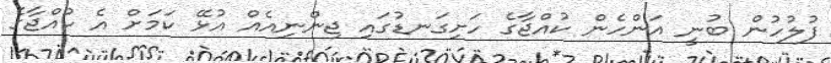
ފުލުހުން ބުނީ އަންހެން ކުއްޖާގެ ހަށިގަނޑުގައި ޖިންނިއެއް އުޅޭ ކަމަށް އެ ކުއްޖާގެ